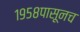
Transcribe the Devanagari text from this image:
१९५८पासूनच